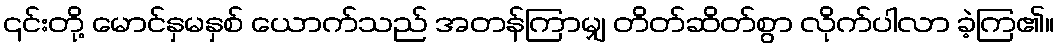
၎င်းတို့ မောင်နှမနှစ် ယောက်သည် အတန်ကြာမျှ တိတ်ဆိတ်စွာ လိုက်ပါလာ ခဲ့ကြ၏။